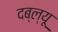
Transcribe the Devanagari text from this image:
दब्ल्यू